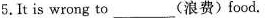
5.It is wrong to______(浪费)food.